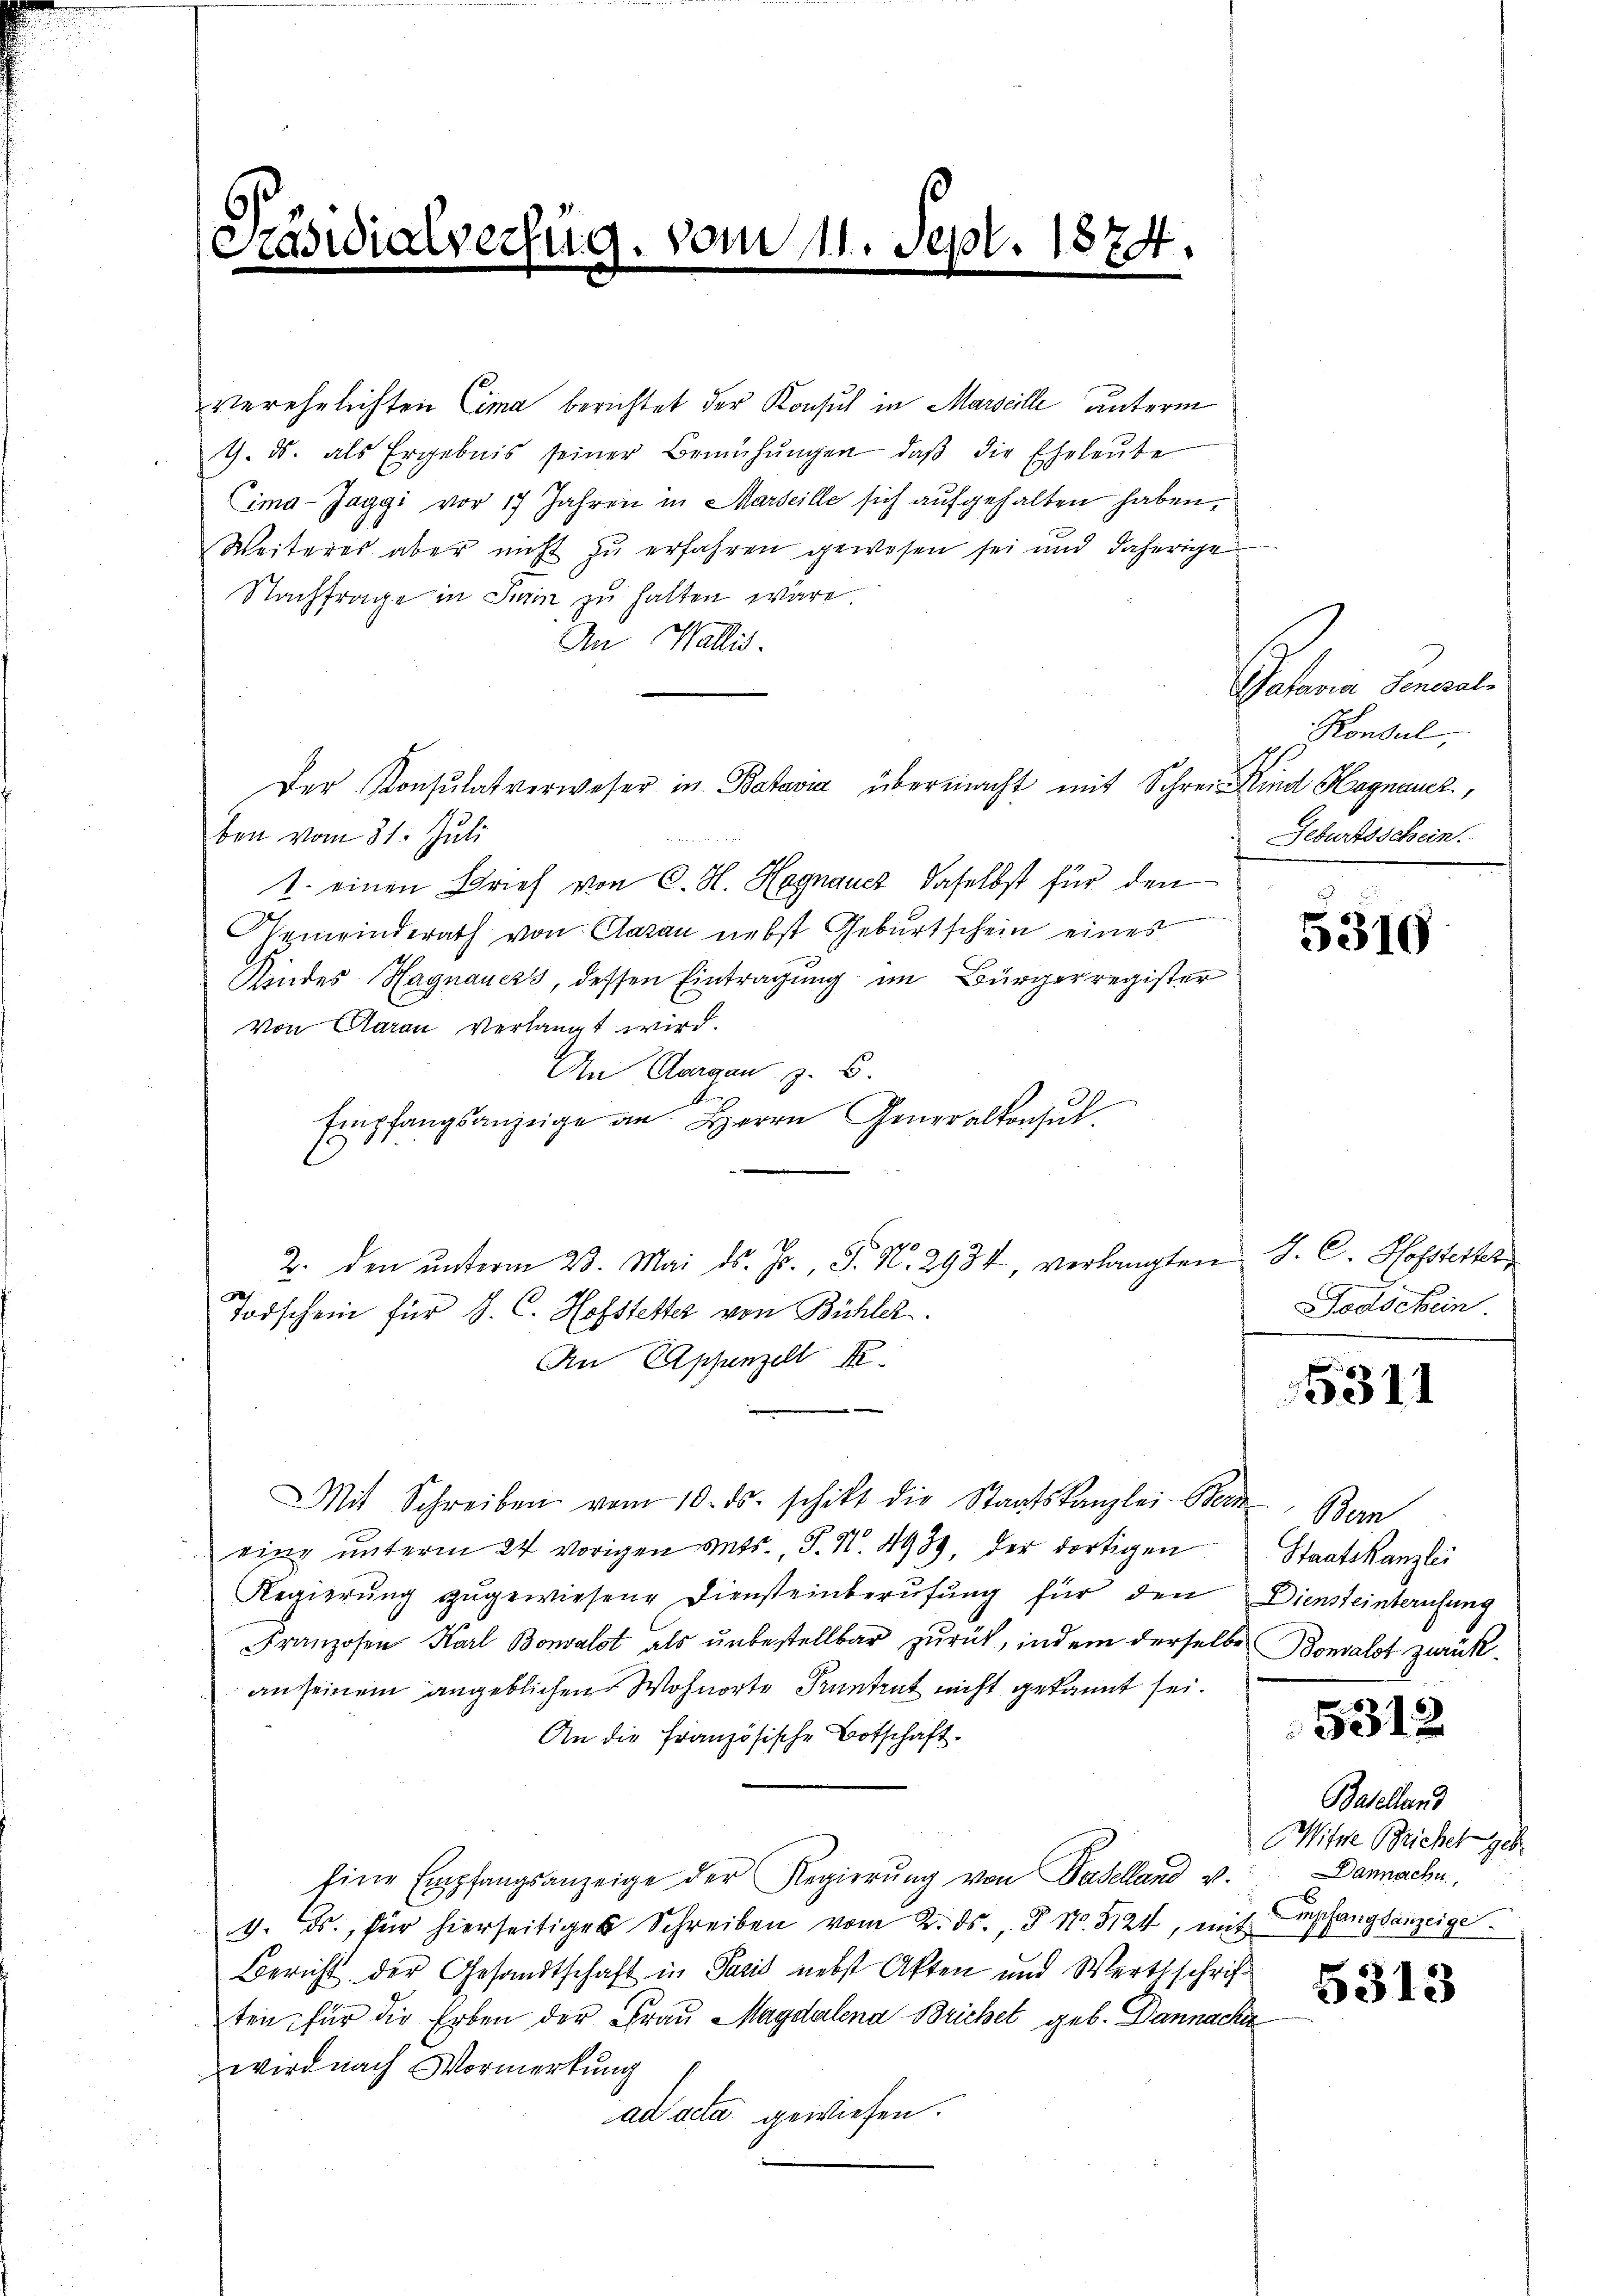
3)
aswialverfug

vom 11.

verehelichten Cima berichtet der Konsul in Marseille unterm
1. ds. als Ergebnis seiner Bemühŭngen, daβ die Eheleute
ima-Jaggi vor 17 Jahren in Marseille sich aufgehalten haben,
Weiteres aber nicht zu erfahren gewesen sei und daherige
Nachfrage in Turin zu halten wäre.
An Wallis.
Der Konsulat verweser in Batavia übermacht mit Schrei Kind Hagnauz,
ben vom 31. Juli
1. einen Brief von C. H. Hegnaucz, daselbst für den
Gemeinderath von Claran nebst Geburtschein eines
Kindes Hagnauers, dessen Eintragung im Bürgerregister
von Aarau verlangt wird.
An Aargau, z. B.
A
Empfangsanzeige an Herrn Generalkonsul
2. den ŭnterm 23. Mai d. Js., S. N. 2934, verlangten J. C. Hofstetter,
Todschein für 8. C. Hofstetter von Bühler.
An Appenzell K

Mit Schreiben vom 10. ds. schikt die Staatskanzlei Bern, Bern
eine ŭnterm 24 vorigen ents., S. N. 493, der dortigen Staatskanzlei
Regierŭng zugewiesene Diensteinberufung für den Diensteinberufung
Franzosen Karl Bonvalot als unbestellbar zurück, indem derselbe
an seinem angeblichen Wohnorte Pruntrut nicht gekannt sei.
An die Französische Botschaft.
Eine Empfangsanzeige der Regierŭng von Baselland u.
4. ds., für hierseitiges Schreiben vom 2. ds., No. 3124, mit
Bericht der Gesandtschaft in Paris nebst Akten und Werthschriften für die Erben der Frau Magdalena Brichet geb. Dannacki
wird nach Vormerkung
ad acta gewiesen.

ept. 1874.

Patori Sonnel
Konsul,
Geburtsschein.

5310

Todschein.

5311

Bonalst zurück.

531.

Baselland
Witte Beicher geb.
Dannachn
mpfangsanzeige
F I

5313